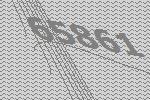
65861